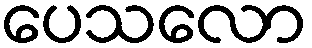
ပေသလော